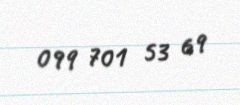
099 701 53 69